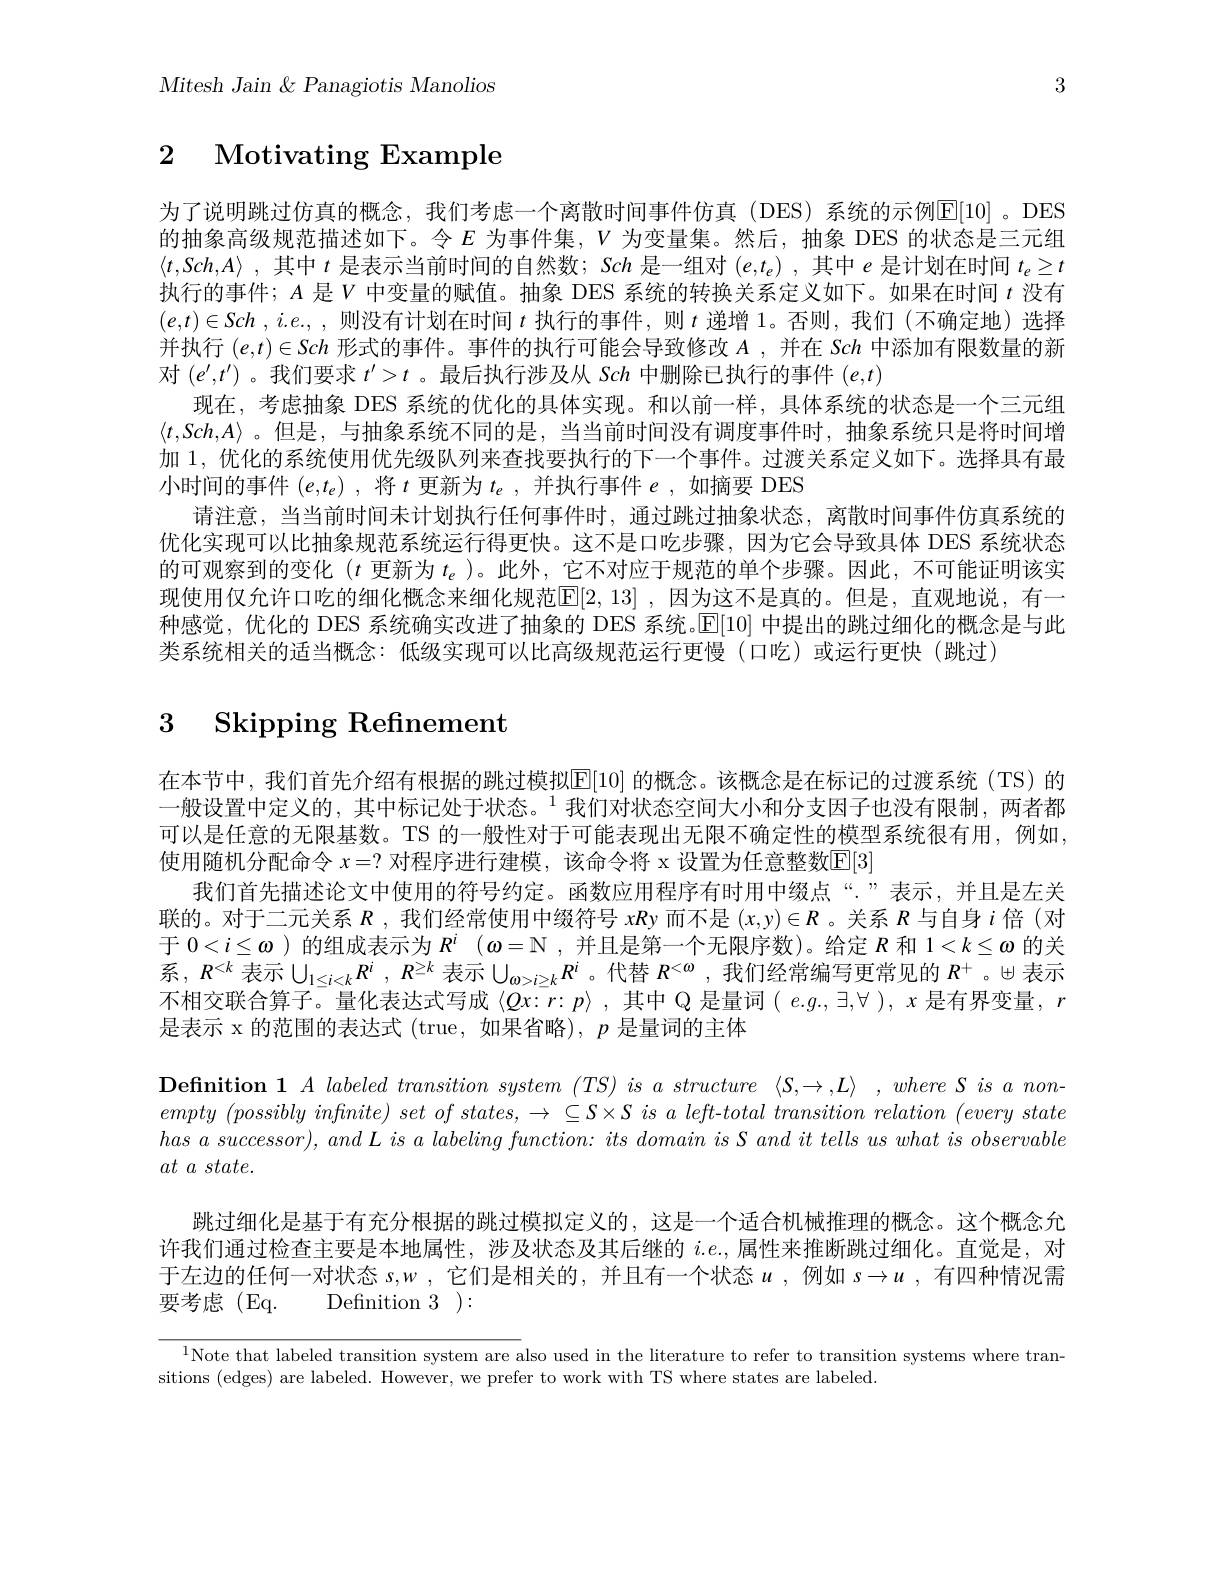
$Mitesh~Jain~\&~Panagiotis~Manolios$

3

# 2 Motivating Example

为了说明跳过仿真的概念，我们考虑一个离散时间事件仿真(DES)系统的示例E[10]。DES 的抽象高级规范描述如下。令$E$ 为事件集，$V$ 为变量集。然后，抽象 DES 的状态是三元组$\langle t, Sch, A\rangle$ ,其中$t$是表示当前时间的自然数；Sch 是一组对$(e,t_e)$ ,其中$e$是计划在时间$t_e\geq t$ 执行的事件；$A$是$V$中变量的赋值。抽象 DES 系统的转换关系定义如下。如果在时间$\iota$没有$(e,t)\in Sch$ ,$i.e.,$,则没有计划在时间$\iota$执行的事件，则$\iota$递增 1。否则，我们 (不确定地)选择并执行$(e,t)\in Sch$形式的事件。事件的执行可能会导致修改$A$ ,并在 Sch 中添加有限数量的新对$(e^\prime,t^\prime)$ 。我们要求$t^\prime>t$ 。最后执行涉及从 Sch 中删除已执行的事件$(e,t)$
现在，考虑抽象 DES 系统的优化的具体实现。和以前一样，具体系统的状态是一个三元组$\langle t,Sch,A\rangle$ 。但是，与抽象系统不同的是，当当前时间没有调度事件时，抽象系统只是将时间增加 1, 优化的系统使用优先级队列来查找要执行的下一个事件。过渡关系定义如下。选择具有最小时间的事件$(e,t_e)$ ,将$t$更新为$t_e$,并执行事件$e$,如摘要 DES
请注意，当当前时间未计划执行任何事件时，通过跳过抽象状态，离散时间事件仿真系统的优化实现可以比抽象规范系统运行得更快。这不是口吃步骤，因为它会导致具体 DES 系统状态的可观察到的变化$(t$更新为$t_e$ )。此外，它不对应于规范的单个步骤。因此，不可能证明该实现使用仅允许口吃的细化概念来细化规范[2,13] ,因为这不是真的。但是，直观地说，有一种感觉，优化的 DES 系统确实改进了抽象的 DES 系统。E[10] 中提出的跳过细化的概念是与此类系统相关的适当概念：低级实现可以比高级规范运行更慢(口吃)或运行更快(跳过)

# 3 Skipping Refinement

在本节中，我们首先介绍有根据的跳过模拟E[10] 的概念。该概念是在标记的过渡系统(TS)的一般设置中定义的，其中标记处于状态。$^{1}$我们对状态空间大小和分支因子也没有限制，两者都可以是任意的无限基数。TS 的一般性对于可能表现出无限不确定性的模型系统很有用，例如， 使用随机分配命令 $x=?$ 对程序进行建模，该命令将 x 设置为任意整数$\boxed{\mathrm{E}}[3]$
我们首先描述论文中使用的符号约定。函数应用程序有时用中缀点“:”表示，并且是左关联的。对于二元关系$R$ ,我们经常使用中缀符号$xR$y 而不是$(x,y)\in R$ 。关系$R$与自身$i$倍(对于$0<i\leq\boldsymbol{\omega}$ )的组成表示为$R^i$ $( \boldsymbol{\omega }= \mathbb{N} $,并且是第一个无限序数)。给定$R$和$1<k\leq\boldsymbol{\omega}$的关系，$R^{<k}$表示$\bigcup_{1\leq i<k}R^i,R^{\geq k}$表示$\bigcup_\omega>i\geq kR^i$。代替$R^<\omega$ ,我们经常编写更常见的$R^+$。\uplus 表示不相交联合算子。量化表达式写成$\langle Qx:r:p\rangle$,其中 Q 是量词$(e.g.,\exists,\forall),x$是有界变量，$r$ 是表示 x 的范围的表达式 (true, 如果省略), $p$是量词的主体

$\textbf{Definition }1\textit{A labeled transition system }( TS) \textit{ is a structure }\langle \mathcal{S} , \rightarrow , L\rangle$ $, where\textit{S is a non- }$ empty $( possibly$ $infnite)$ set $of$ $states, \rightarrow$ $\subseteq S\times S$ $is$ $a$ $left- total$ transition relation $( every$ state has $a$ $successor) $, and $L$ $is$ $a$ labeling $function:$ its domain $is$ $S$ and $it$ tells $us$ what $is$ observable

$at$ $a$ $state.$

跳过细化是基于有充分根据的跳过模拟定义的，这是一个适合机械推理的概念。这个概念允许我们通过检查主要是本地属性，涉及状态及其后继的 $i.e.$,属性来推断跳过细化。直觉是，对于左边的任何一对状态$s,w$ ,它们是相关的，并且有一个状态$u$ ,例如$s\to u$ ,有四种情况需要考虑(Eq. $Definition3) :$

$^{1}$Note that labeled transition system are also used in the literature to refer to transition systems where tran-
sitions (edges) are labeled. However, we prefer to work with TS where states are labeled